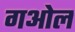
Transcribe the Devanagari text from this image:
गओल